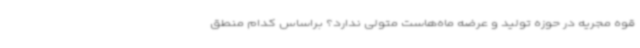
قوه مجریه در حوزه تولید و عرضه ماه‌هاست متولی ندارد؟ براساس کدام منطق